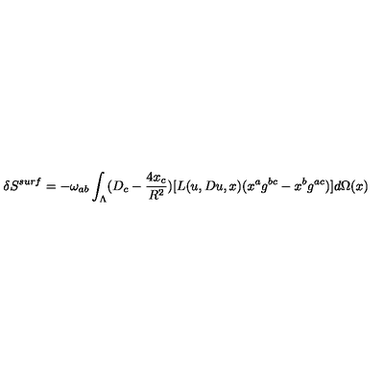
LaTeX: \delta S ^ { s u r f } = - \omega _ { a b } \int _ { \Lambda } ( D _ { c } - \frac { 4 x _ { c } } { R ^ { 2 } } ) [ L ( u , D u , x ) ( x ^ { a } g ^ { b c } - x ^ { b } g ^ { a c } ) ] d \Omega ( x )